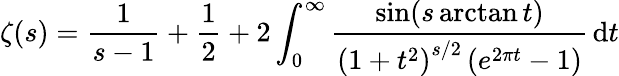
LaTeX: \zeta(s)={\frac{1}{s-1}}+{\frac{1}{2}}+2\int_{0}^{\infty}{\frac{\sin(s\arctan t)}{\left(1+t^{2}\right)^{s/2}\left(e^{2\pi t}-1\right)}}\, \mathrm{d}t